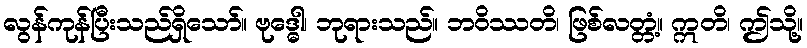
လွန်ကုန်ပြီးသည်ရှိသော်။ ဗုဒ္ဓေါ၊ ဘုရားသည်။ ဘဝိဿတိ၊ ဖြစ်လတ္တံ့။ ဣတိ၊ ဤသို့။